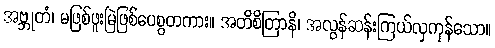
အဗ္ဘုတံ၊ မဖြစ်ဖူးမြဲဖြစ်ပေစွတကား။ အတိစိတြာနိ၊ အလွန်ဆန်းကြယ်လှကုန်သော။